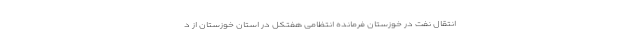
انتقال نفت در خوزستان فرمانده انتظامی هفتکل در استان خوزستان از د